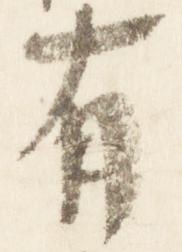
有